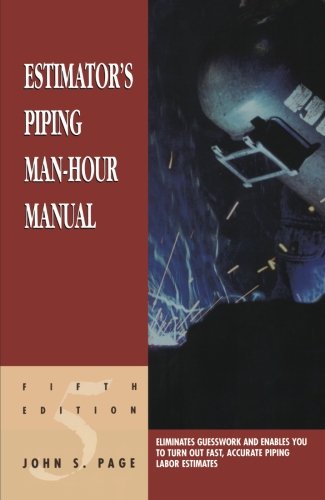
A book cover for Estimator's Piping Man-Hour Manual, Fifth Edition (Estimator's Man-Hour Library); John S. Page; Engineering & Transportation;